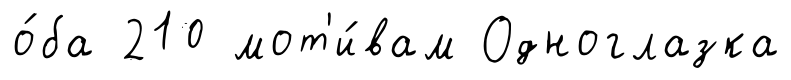
о́ба 210 мот'и́вам Одноглазка